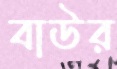
বাউর